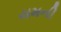
યમની